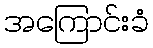
အကြောင်းခံ